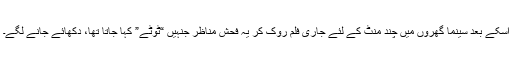
اسکے بعد سینما گھروں میں چند منٹ کے لئے جاری فلم روک کر یہ فحش مناظر جنہیں “ٹوٹے” کہا جاتا تھا، دکھائے جانے لگے۔